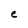
Character: e